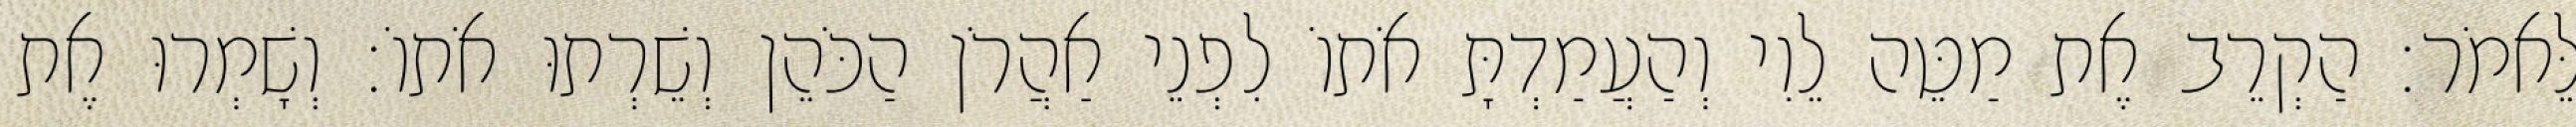
לֵּאמֹר׃ הַקְרֵב אֶת מַטֵּה לֵוִי וְהַעֲמַדְתָּ אֹתוֹ לִפְנֵי אַהֲרֹן הַכֹּהֵן וְשֵׁרְתוּ אֹתוֹ׃ וְשָׁמְרוּ אֶת